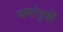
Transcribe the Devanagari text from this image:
वषा॔पूवी॔